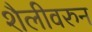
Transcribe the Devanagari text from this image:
शैलीवरुन